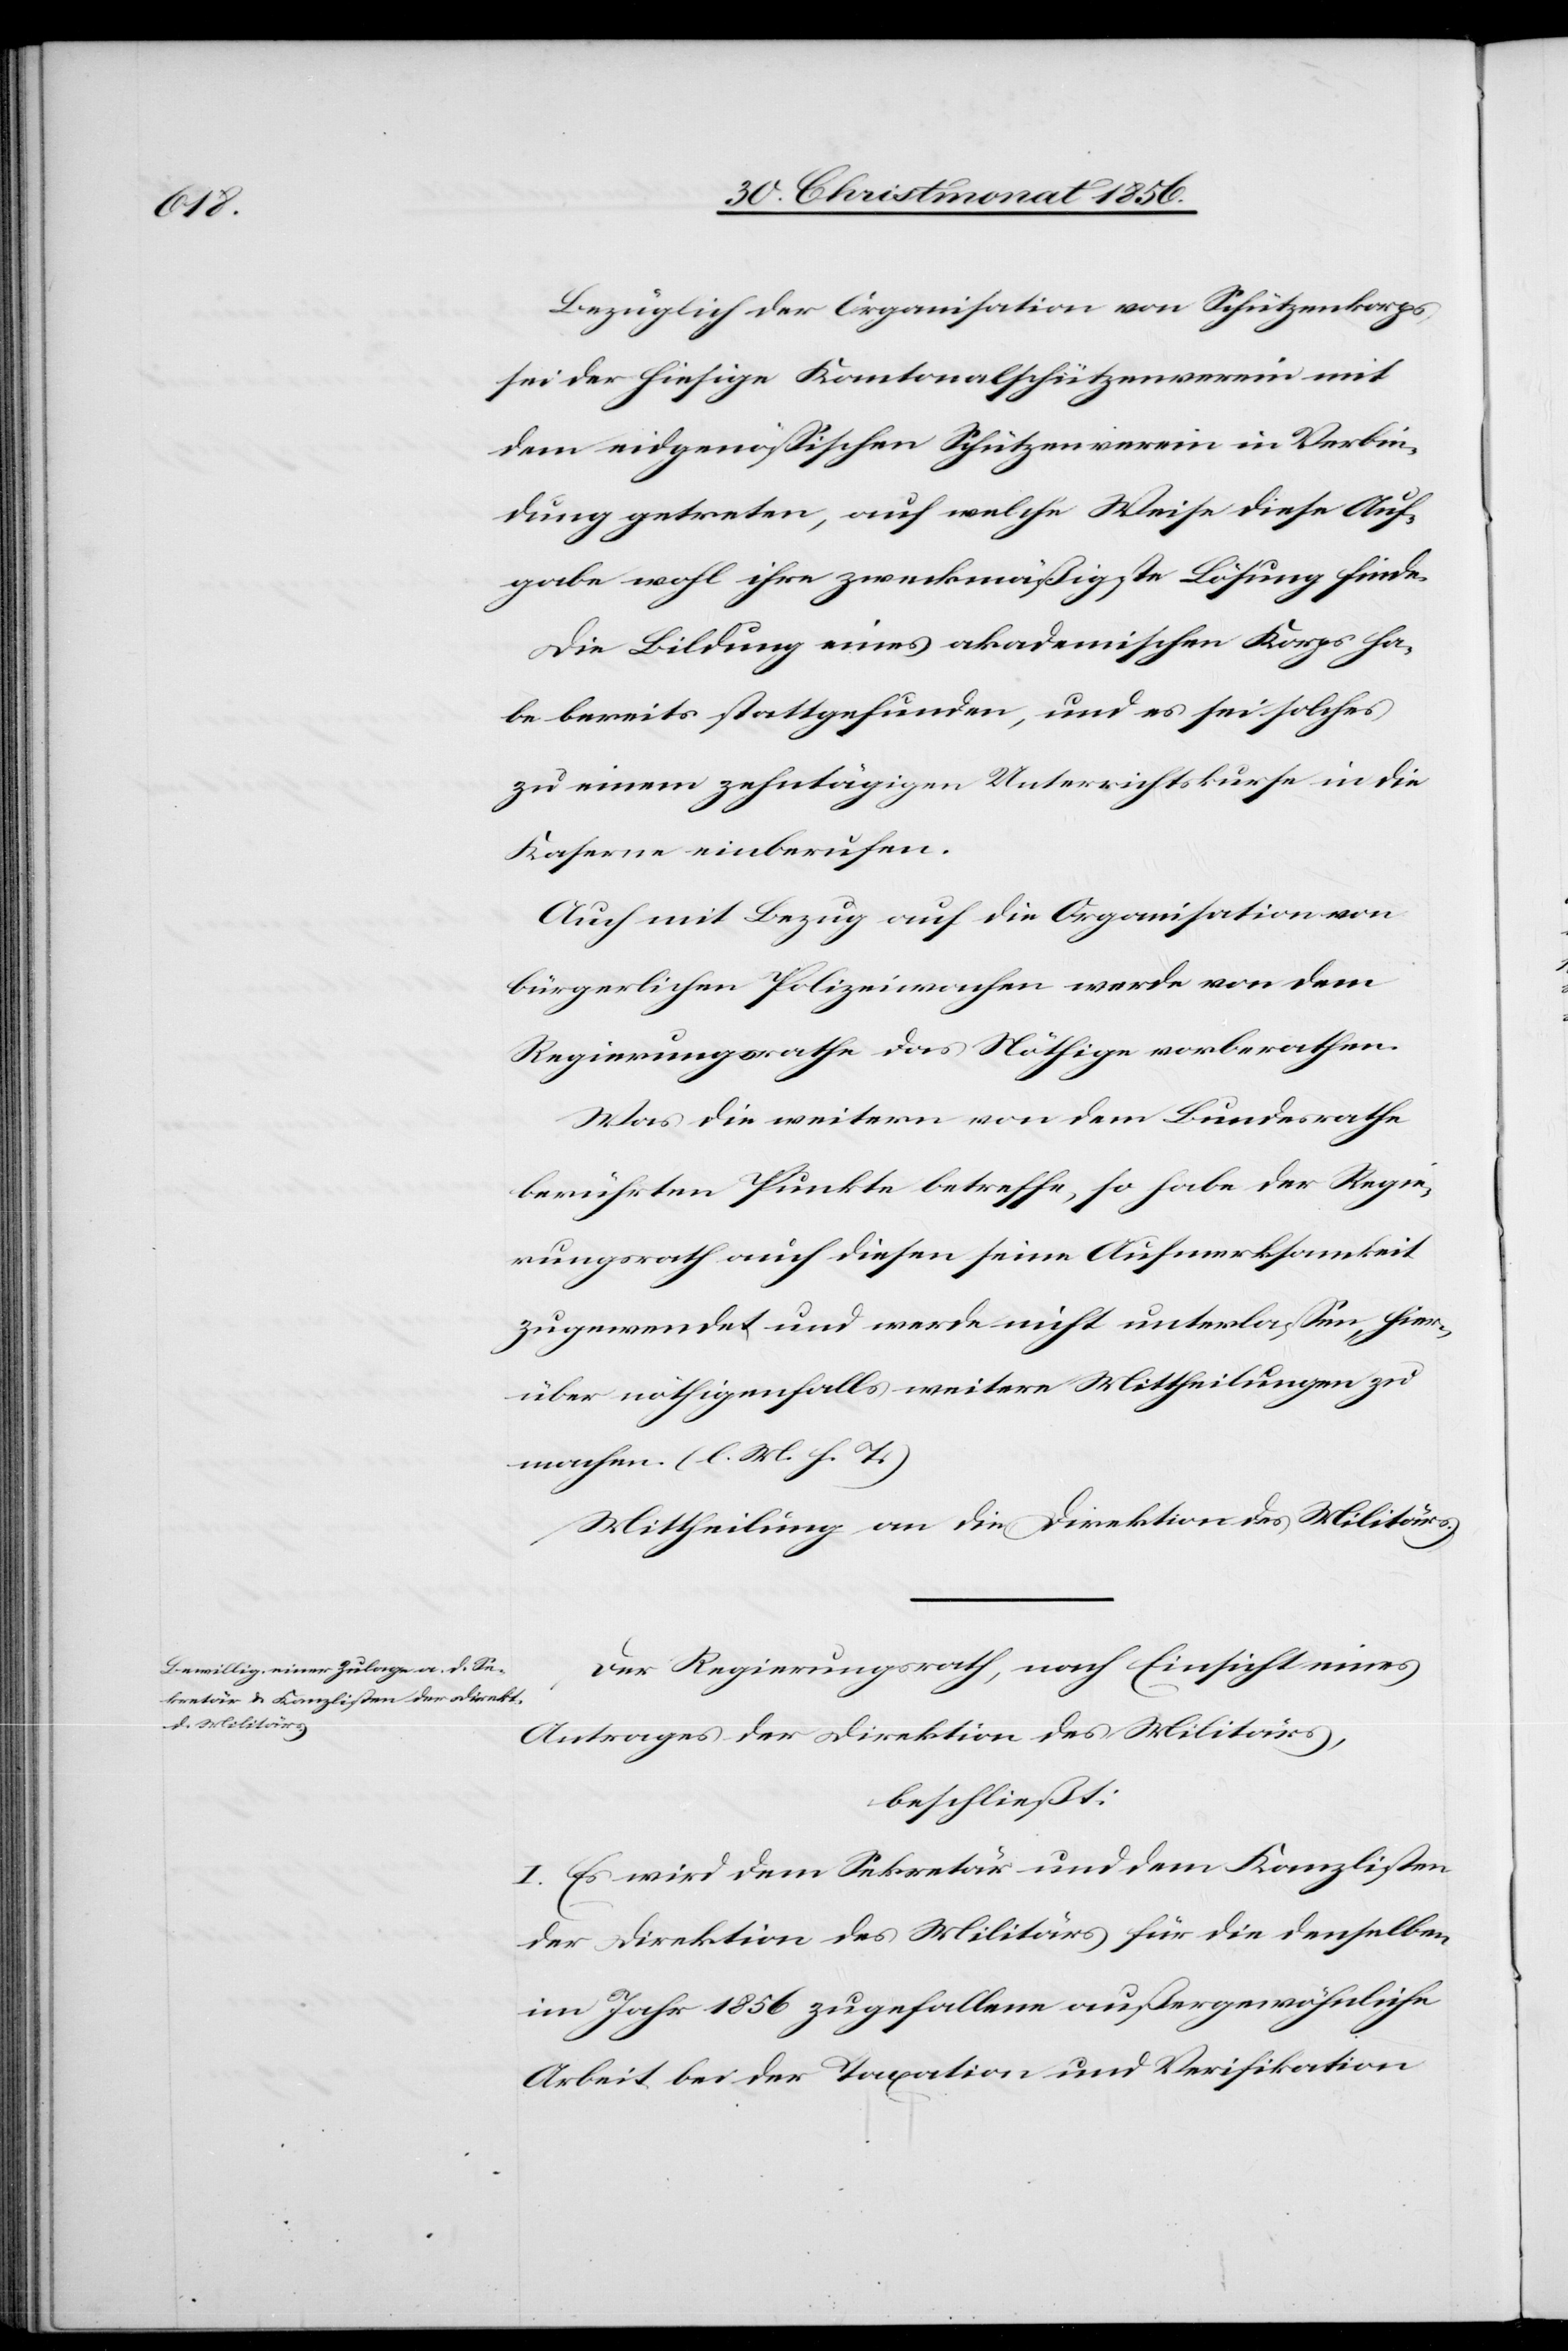
Bezüglich der Organisation von Schützenkorps,
sei der hiesige Kantonalschützenverein mit
dem eidgenössischen Schützenverein in Verbin¬
dung getreten, auf welche Weise diese Auf¬
gabe wohl ihre zweckmäßigste Lösung finde.
Die Bildung eines akademischen Korps ha¬
be bereits stattgefunden, und es sei solches
zu einem zehntägigen Unterrichtskurse in die
Kaserne einberufen.
Auch mit Bezug auf die Organisation von
bürgerlichen Polizeiwachen werde von dem
Regierungsrathe das Nöthige vorberathen.
Was die weitern von dem Bundesrathe
berührten Punkte betreffe, so habe der Regie¬
rungsrath auch diesen seine Aufmerksamkeit
zugewendet und werde nicht unterlassen, hier¬
über nöthigenfalls weitere Mittheilungen zu
machen. (l. M. h. T.)
Mittheilung an die Direktion des Militärs.
Der Regierungsrath, nach Einsicht eines
Antrages der Direktion des Militärs,
beschließt:
I. Es wird dem Sekretär und dem Kanzlisten
der Direktion des Militärs für die denselben
im Jahr 1856 zugefallene außergewöhnliche
Arbeit bei der Taxation und Verifikation